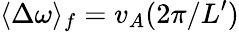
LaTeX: \langle\Delta\omega\rangle_{f}=v_{A}(2\pi/L^{\prime})